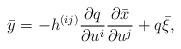
LaTeX: \begin{align*}\bar{y}=-h^{(ij)}\frac{\partial q}{\partial u^{i}}\frac{\partial \bar{x}}{\partial u^{j}}+q\bar{\xi}, \end{align*}